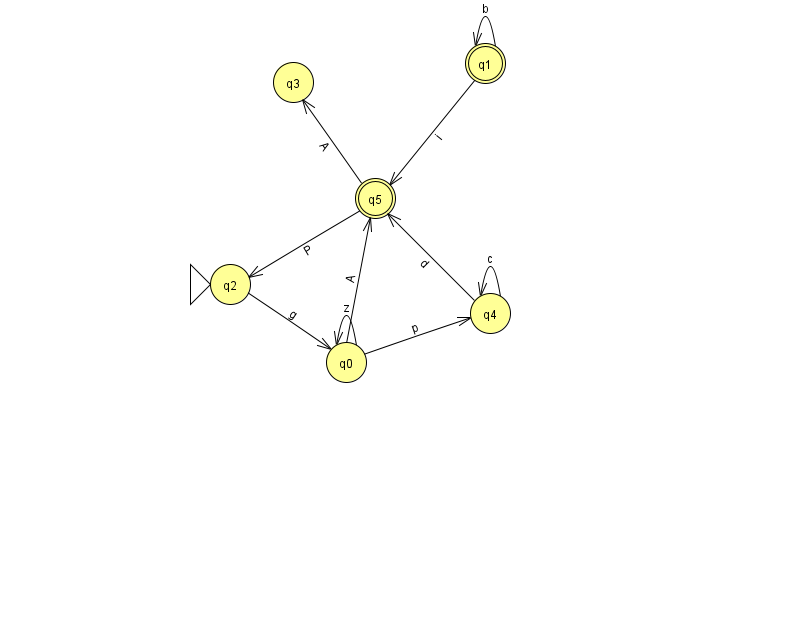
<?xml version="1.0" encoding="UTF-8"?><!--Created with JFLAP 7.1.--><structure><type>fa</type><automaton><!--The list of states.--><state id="0" name="q0"><x>346.0</x><y>349.0</y></state><state id="1" name="q1"><x>485.0</x><y>50.0</y><final/></state><state id="2" name="q2"><x>230.0</x><y>271.0</y><initial/></state><state id="3" name="q3"><x>293.0</x><y>69.0</y></state><state id="4" name="q4"><x>490.0</x><y>300.0</y></state><state id="5" name="q5"><x>375.0</x><y>185.0</y><final/></state><!--The list of transitions.--><transition><from>1</from><to>1</to><read>b</read></transition><transition><from>0</from><to>5</to><read>A</read></transition><transition><from>4</from><to>4</to><read>c</read></transition><transition><from>1</from><to>5</to><read>i</read></transition><transition><from>2</from><to>0</to><read>g</read></transition><transition><from>0</from><to>0</to><read>z</read></transition><transition><from>0</from><to>4</to><read>p</read></transition><transition><from>4</from><to>5</to><read>d</read></transition><transition><from>5</from><to>2</to><read>P</read></transition><transition><from>5</from><to>3</to><read>A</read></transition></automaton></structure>